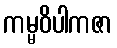
ကမ္မဝိပါကဇာ